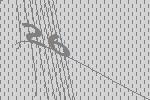
26